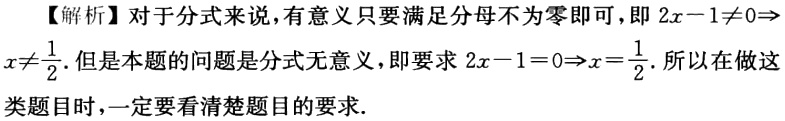
【解析】对于分式来说，有意义只要满足分母不为零即可，即 \(2x - 1\neq0\Rightarrow x\neq\frac{1}{2}\). 但是本题的问题是分式无意义，即要求 \(2x - 1 = 0\Rightarrow x=\frac{1}{2}\). 所以在做这类题目时，一定要看清楚题目的要求.